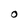
Character: O